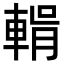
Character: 𮝛